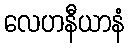
လေဟနီယာနံ